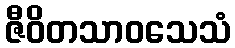
ဇီဝိတသာဝသေသံ